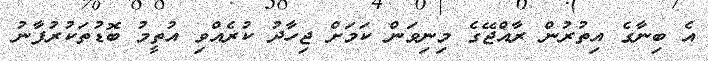
އެ ބިނާގެ އިތުރުން ރާއްޖޭގެ މިނިވަން ކަމަށް ޖިހާދު ކުރެއްވި އުތީމު ބޮޑުތަކުރުފާނު